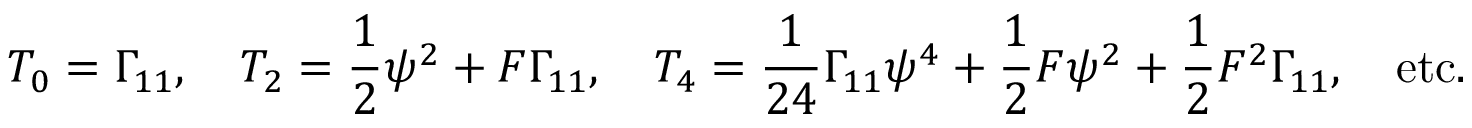
T _ { 0 } = \Gamma _ { 1 1 } , \quad T _ { 2 } = { \frac { 1 } { 2 } } \psi ^ { 2 } + { \cal F } \Gamma _ { 1 1 } , \quad T _ { 4 } = { \frac { 1 } { 2 4 } } \Gamma _ { 1 1 } \psi ^ { 4 } + { \frac { 1 } { 2 } } { \cal F } \psi ^ { 2 } + { \frac { 1 } { 2 } } { \cal F } ^ { 2 } \Gamma _ { 1 1 } , \quad \mathrm { e t c . }